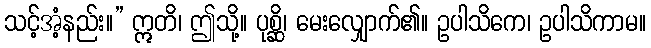
သင့်အံ့နည်း။” ဣတိ၊ ဤသို့။ ပုစ္ဆိ၊ မေးလျှောက်၏။ ဥပါသိကေ၊ ဥပါသိကာမ။